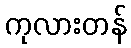
ကုလားတန်